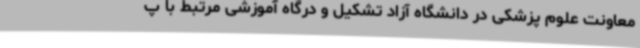
معاونت علوم پزشکی در دانشگاه آزاد تشکیل و درگاه آموزشی مرتبط با پ